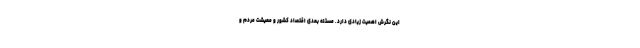
این نگرش اهمیت زیادی دارد. مسئله بعدی اقتصاد کشور و معیشت مردم و